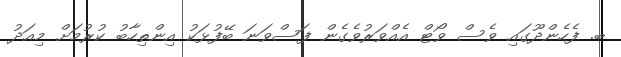
ބ. ފެހެންދޫގައި ވެސް ވޯޓް އެއްވަރުވެގެން ފަސްވަނަ ބޭފުޅަކު އިންތިހާބު ކުރުމަށް މިއަދު